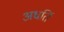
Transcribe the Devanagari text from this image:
अधर्ति